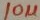
Text: 10µ